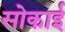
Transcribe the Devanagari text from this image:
सोकाई